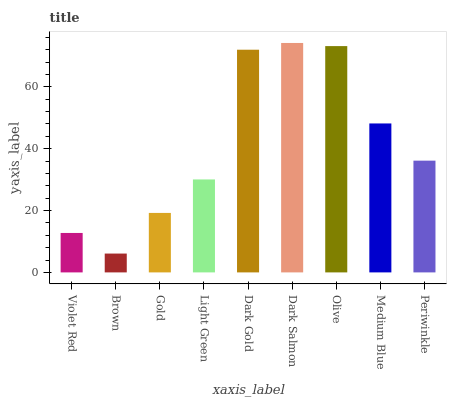
| xaxis_label | bars |
 | --- | --- |
 | Violet Red | 12.8 |
 | Brown | 6.09 |
 | Gold | 19.2 |
 | Light Green | 30.1 |
 | Dark Gold | 72 |
 | Dark Salmon | 74.2 |
 | Olive | 73.2 |
 | Medium Blue | 48.2 |
 | Periwinkle | 36.1 |